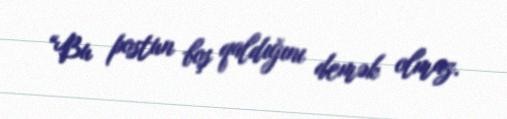
“Bu postun boş qaldığını demək olmaz.